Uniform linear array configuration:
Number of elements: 12
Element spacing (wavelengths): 0.25
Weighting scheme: kaiser
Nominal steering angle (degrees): -60
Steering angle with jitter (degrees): -59.173
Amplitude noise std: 0.05
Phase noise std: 0.05

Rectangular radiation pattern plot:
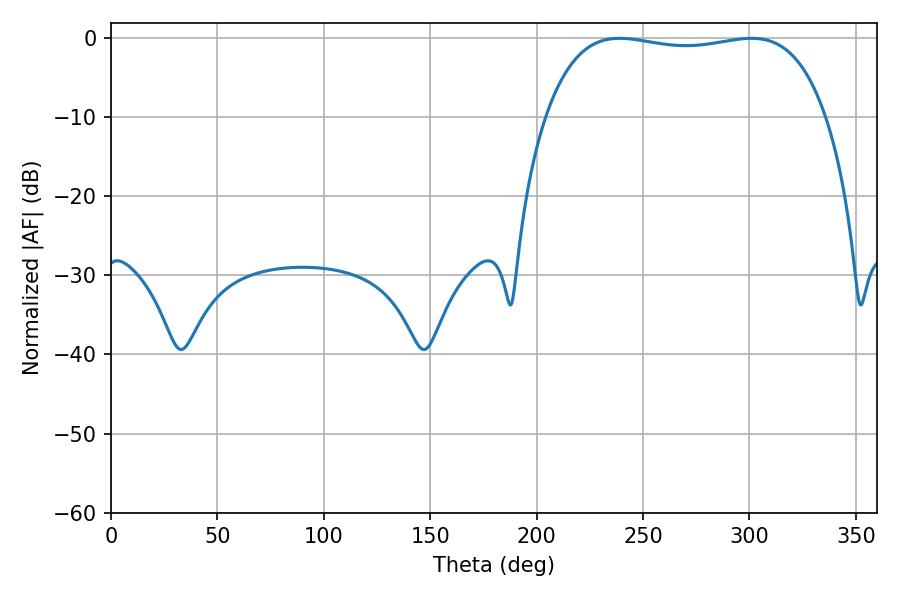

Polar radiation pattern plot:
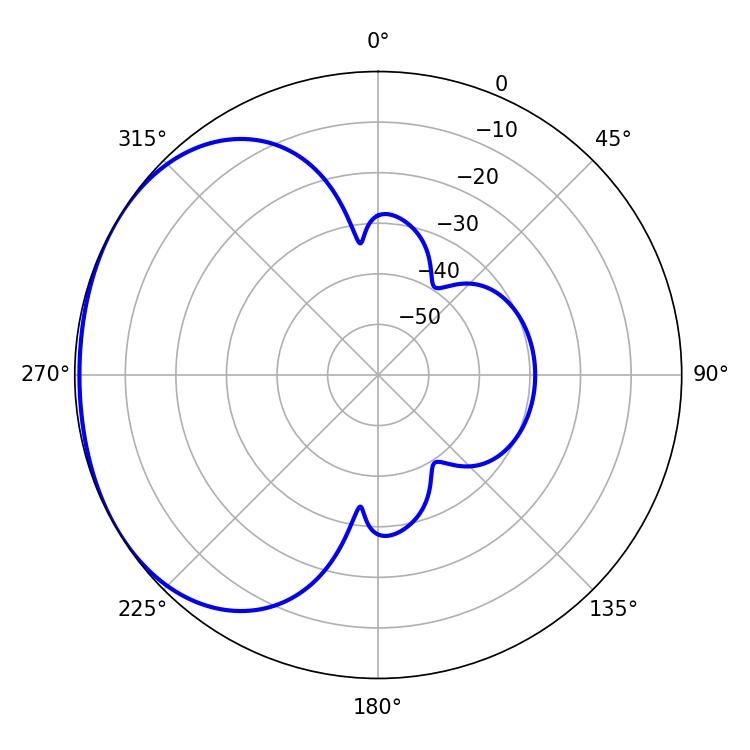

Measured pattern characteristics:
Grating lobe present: FALSE
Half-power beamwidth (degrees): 105.84
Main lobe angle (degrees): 239.04